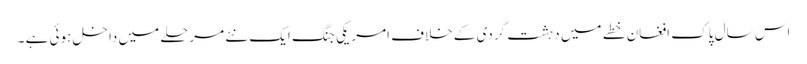
اس سال پاک افغان خطے میں دہشت گردی کے خلاف امریکی جنگ ایک نئے مرحلے میں داخل ہوئی ہے ۔